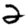
Digit: 2